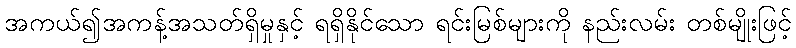
အကယ်၍အကန့်အသတ်ရှိမှုနှင့် ရရှိနိုင်သော ရင်းမြစ်များကို နည်းလမ်း တစ်မျိုးဖြင့်